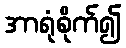
အာရုံစိုက်၍